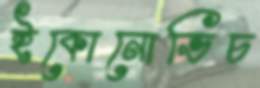
ইকোনোভিচ